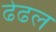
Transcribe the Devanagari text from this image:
ढेढल